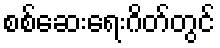
စစ်ဆေးရေးဂိတ်တွင်